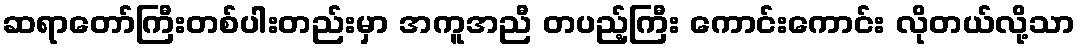
ဆရာတော်ကြီးတစ်ပါးတည်းမှာ အကူအညီ တပည့်ကြီး ကောင်းကောင်း လိုတယ်လို့သာ